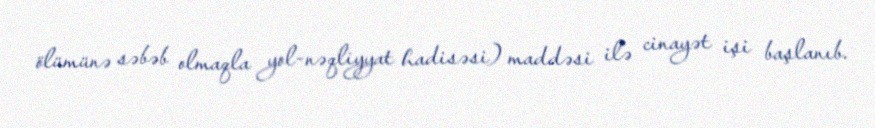
ölümünə səbəb olmaqla yol-nəqliyyat hadisəsi) maddəsi ilə cinayət işi başlanıb.